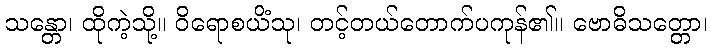
သန္တော၊ ထိုကဲ့သို့။ ဝိရောစယိံသု၊ တင့်တယ်တောက်ပကုန်၏။ ဗောဓိသတ္တော၊